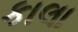
કાલા